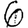
Digit: 6